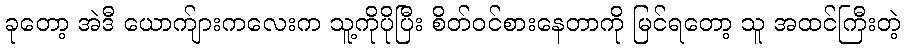
ခုတော့ အဲဒီ ယောက်ျားကလေးက သူ့ကိုပိုပြီး စိတ်ဝင်စားနေတာကို မြင်ရတော့ သူ အထင်ကြီးတဲ့